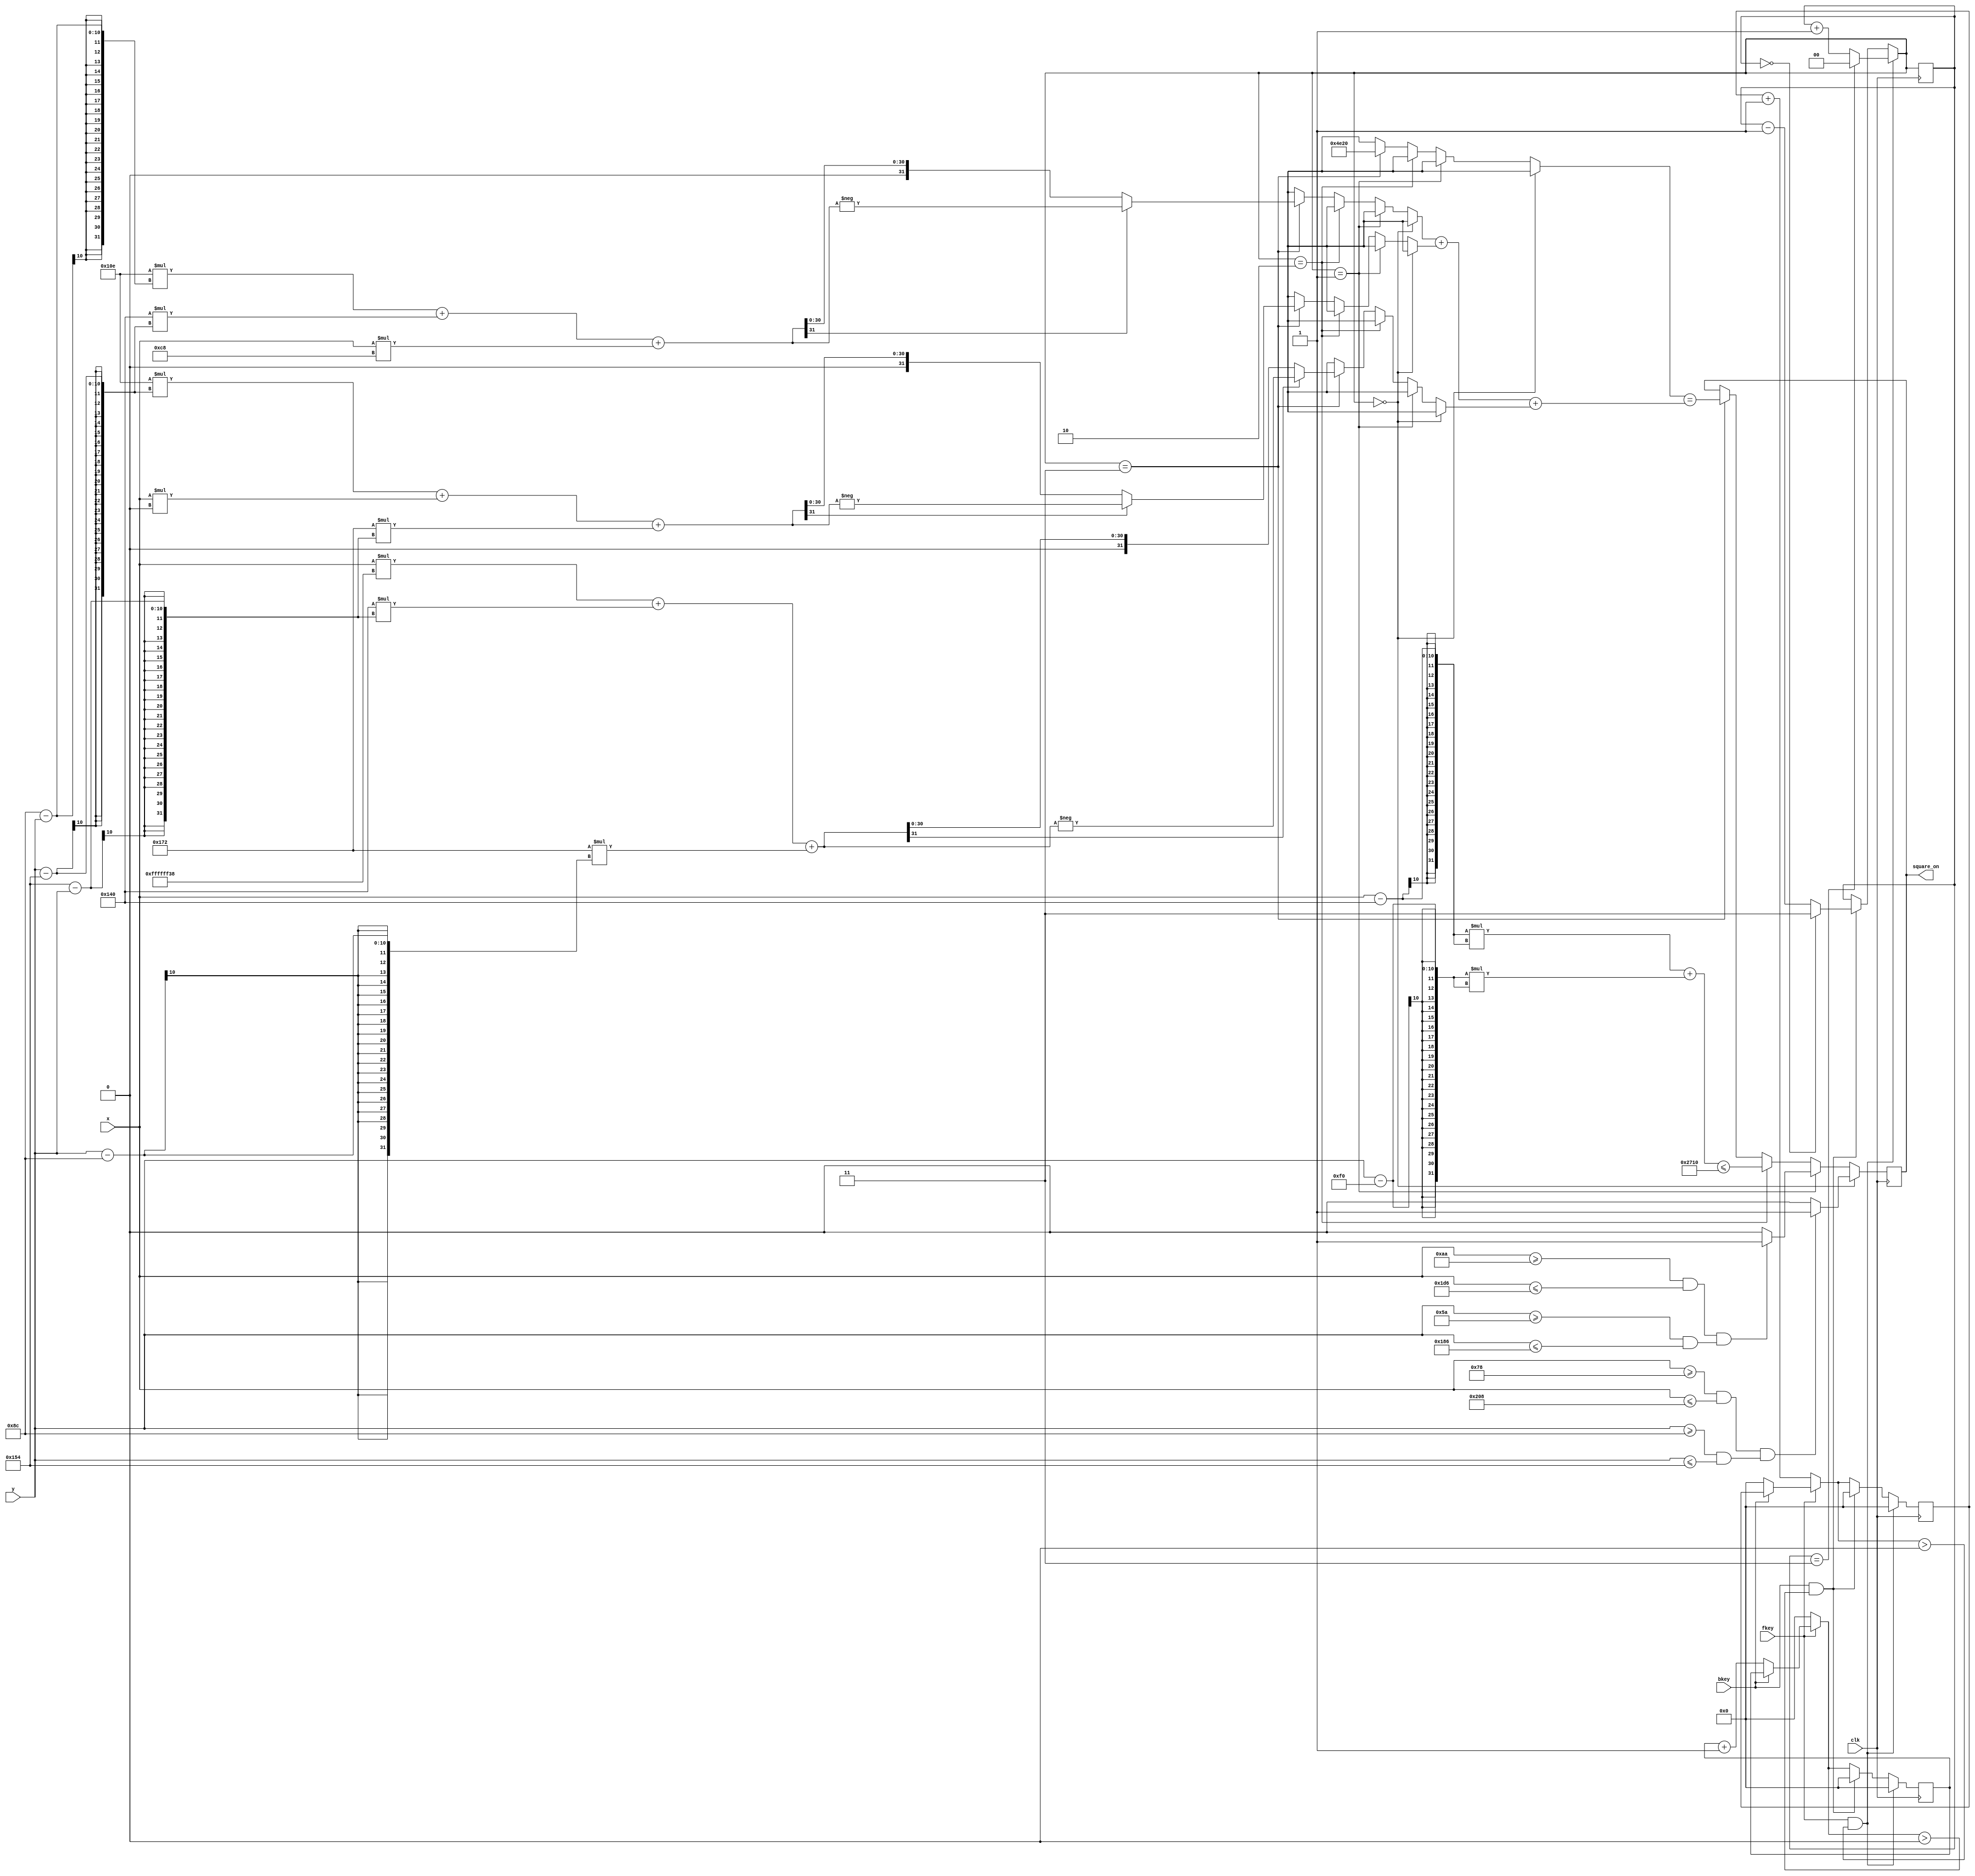
module shapeselector(input[9:0] x, y,
            input clk,
				output square_on,
				input fkey,input bkey);

reg so;
reg [1:0] shapeSel = 2'd0;
integer temp = 0, abc = 0, abp = 0,apb = 0, pbc = 0;
reg rec_on;
reg[31:0] fshapecounter = 32'd0;
reg[31:0] bshapecounter = 32'd0;

localparam
	centerX = 320,
	centerY = 240,
	radius = 100;

localparam
	RECT = 0,
	SQUARE = 1,
	CIRCLE = 2,
	TRIANGLE = 3;

//triangle sides
localparam
	//SAx = (centerX - 50), SAy = (centerY + 100),
	SAx = 270, SAy=340,
	SCx = 370, SCy = 340,
	SBx = 320, SBy = 140;

always @(posedge clk)
begin
   if(fkey == 0)
	begin
	  fshapecounter = fshapecounter + 32'd1;
	  bshapecounter = 32'd0;
	end
	else if(bkey == 0)
	begin
	  bshapecounter = bshapecounter + 32'd1;
	  fshapecounter = 32'd0;
	end
	if(fkey == 1 && fshapecounter > 0)
	begin
	   fshapecounter = 32'd0;
		bshapecounter = 32'd0;
		if(shapeSel == 2'd3)
		   shapeSel = 2'd0;
	   else
	      shapeSel = shapeSel + 2'd1;
	end
	else if(bkey == 1 && bshapecounter > 0)
	begin
	   bshapecounter = 32'd0;
		fshapecounter = 32'd0;
		if(shapeSel == 2'd0)
		   shapeSel = 2'd3;
		else
	      shapeSel = shapeSel - 2'd1;
	end
	
   if(shapeSel == RECT)
	  rec_on = (x >= (centerX-200) && x <= (centerX+200)) && (y>= (centerY-100) && y <= (centerY+100)) ?1:0;
	else if(shapeSel == SQUARE)
	  rec_on = (x >= (centerX-150) && x <= (centerX+150)) && (y>= (centerY-150) && y <= (centerY+150)) ?1:0;
	else if(shapeSel == CIRCLE)
	begin
		temp = ((x - centerX) * (x - centerX)) + ((y - centerY) * (y - centerY));
		rec_on = temp <= (radius * radius);
	end
	else if(shapeSel == TRIANGLE)
	begin
		 abc = ((SAx * (SBy-SCy)) + (SBx * (SCy-SAy)) + (SCx * (SAy-SBy)));
		 if(abc[31] == 1'b1)
		     abc = -abc;
		 abp = ((SAx * (SBy-y)) + (SBx * (y-SAy)) + (x *(SAy-SBy)));
		 if(abp[31] == 1'b1)
		     abp = -abp;
		 apb = ((SAx * (y-SCy)) + (x * (SCy-SAy)) + (SCx * (SAy-y)));
		 if(apb[31] == 1'b1)
		     apb = -apb;
		 pbc = ((x * (SBy-SCy)) + (SBx * (SCy-y)) + (SCx * (y-SBy)));
		 if(pbc[31] == 1'b1)
		     pbc = -pbc;
		 
		 rec_on = abc == (abp+apb+pbc);
	
	end

end

assign square_on = rec_on;

endmodule